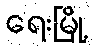
ရေးမြို့